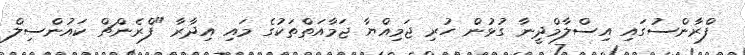
ފްރާންސުގައި އިސްލާމްދީނާ ގުޅުން ހުރި ޖަމިއްޔާ ޖަމާއަތްތަކުގެ މައި އިދާރާ "ފްރެންޗް ކައުންސިލް